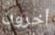
أخرون